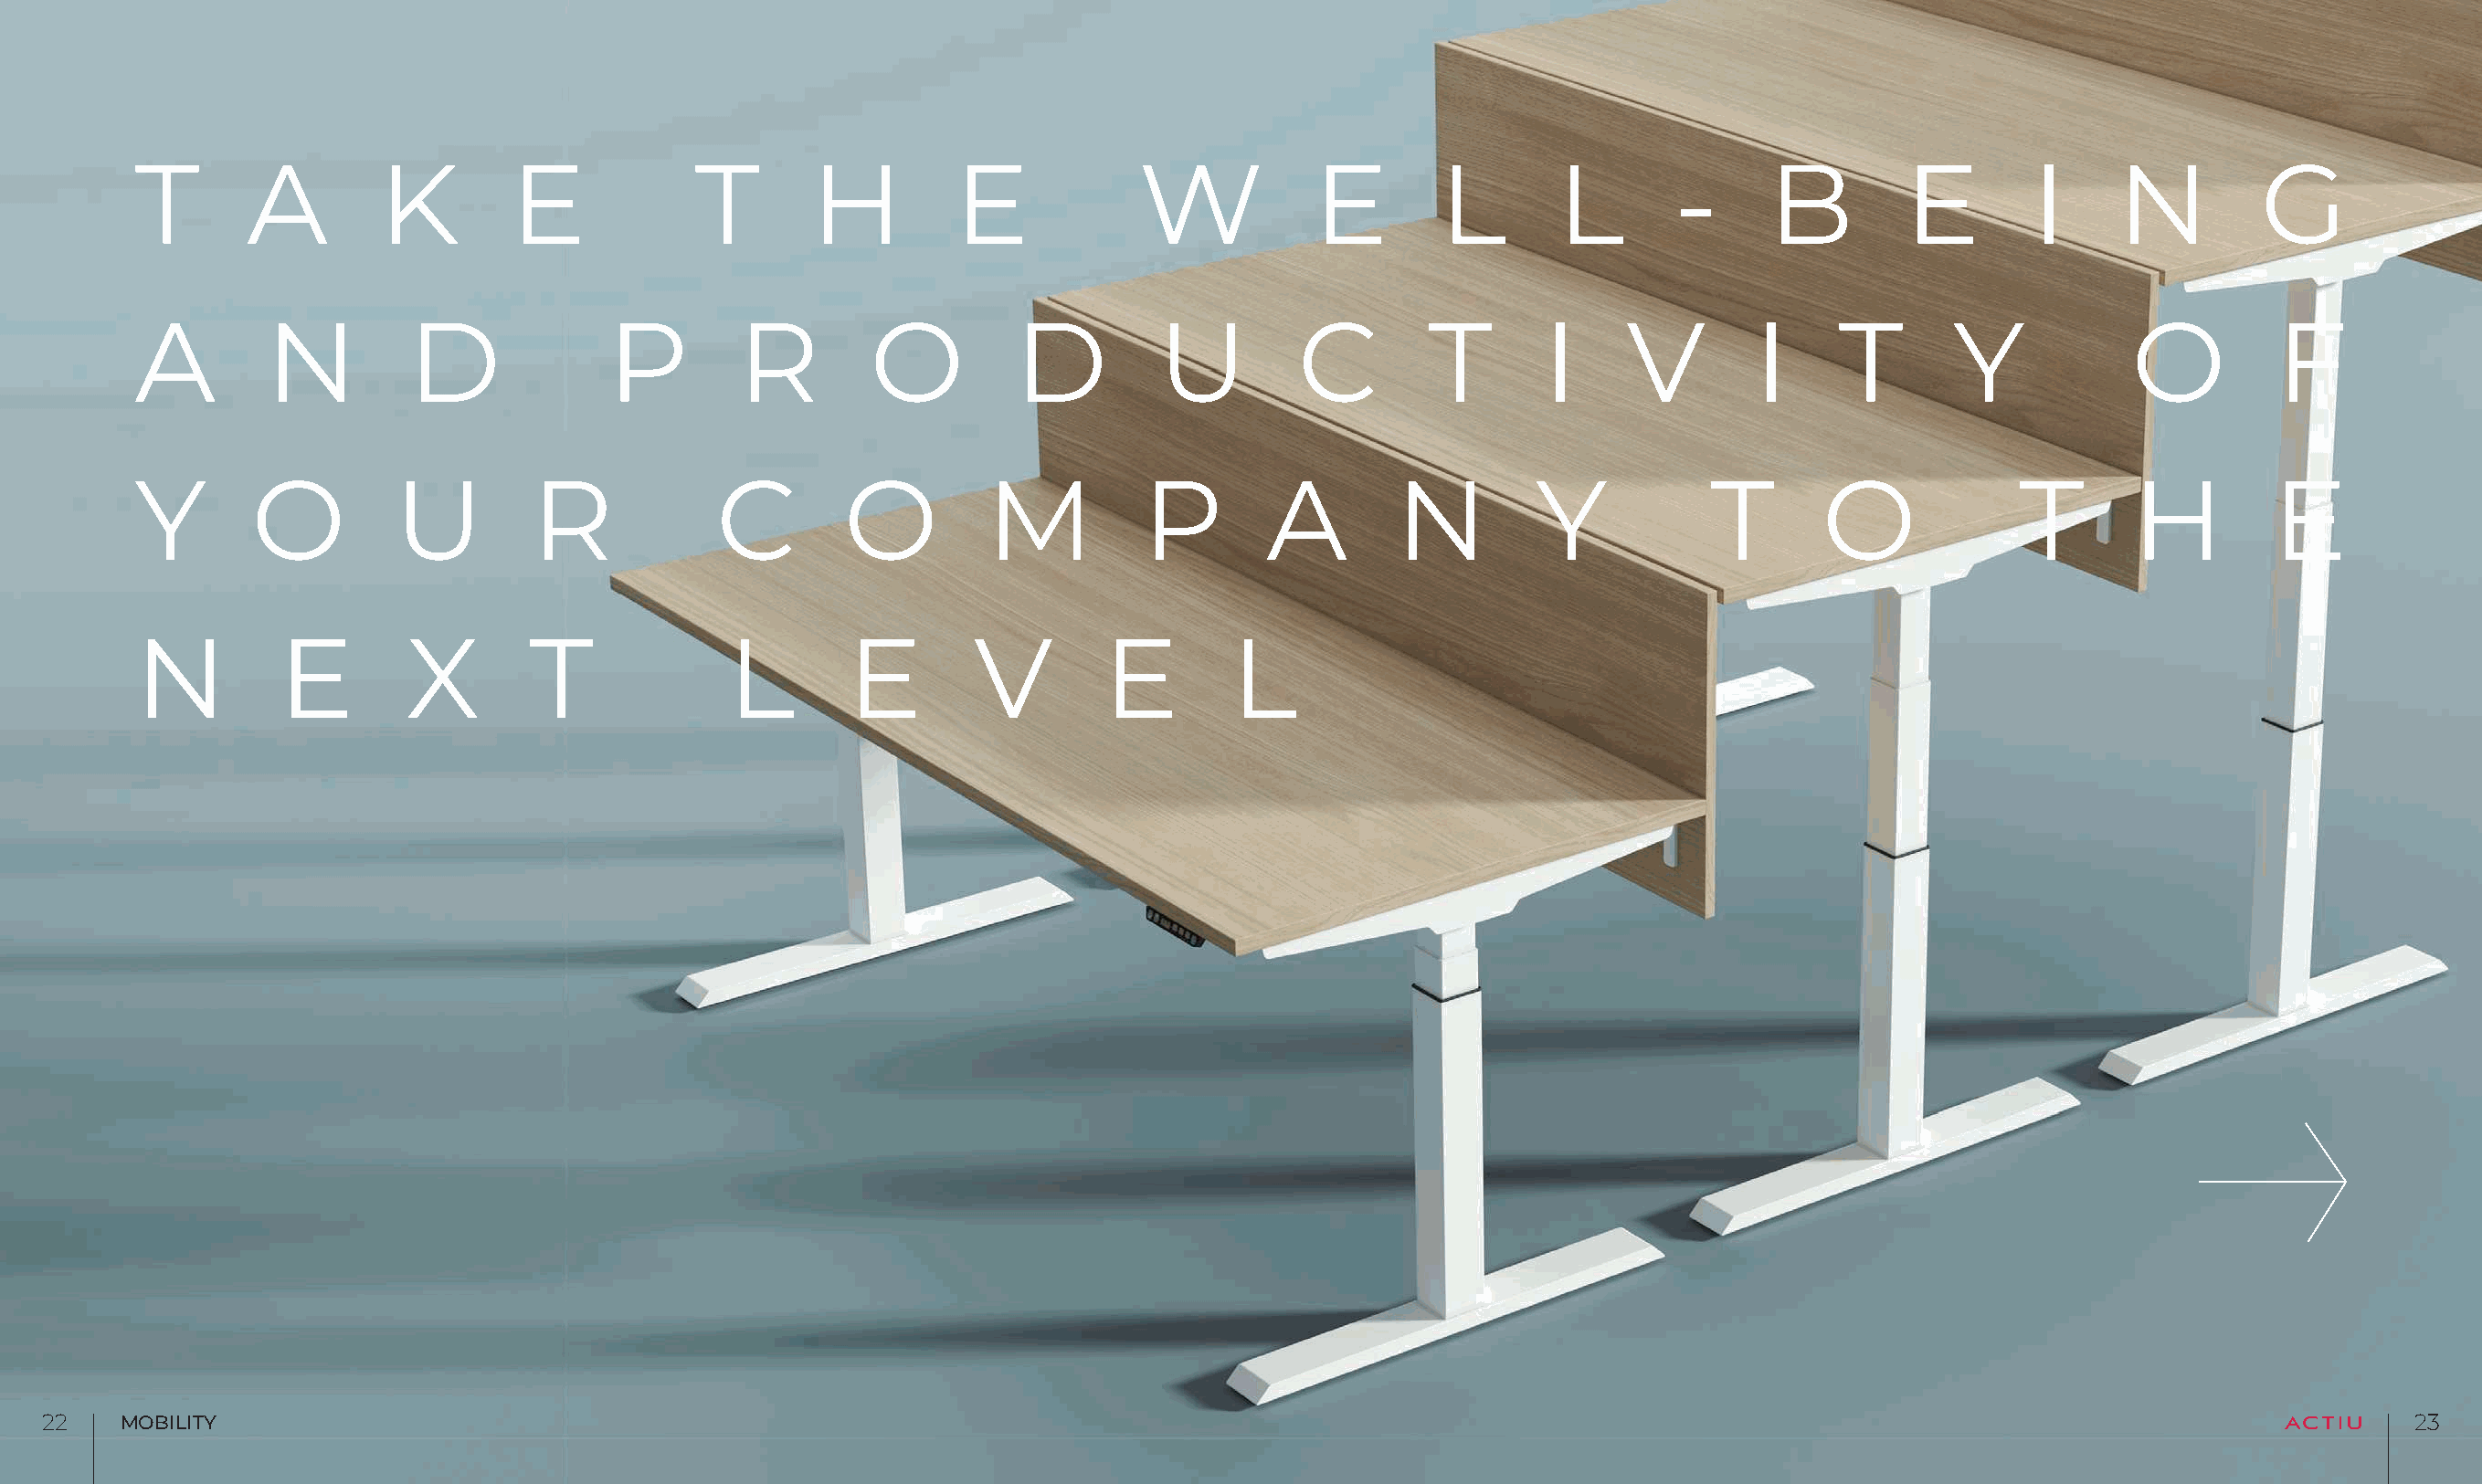
T       A        K         E            T        H         E             W           E        L        L       -      B         E        I     N          G
 A        N          D             P        R         O          D         U         C        T        I     V        I     T        Y           O          F
 Y       O          U         R            C        O         M           P        A        N         Y            T       O             T        H         E
 N         E        X        T              L       E         V        E        L
 2222  MOBILITY                                                                                                                                                              2233